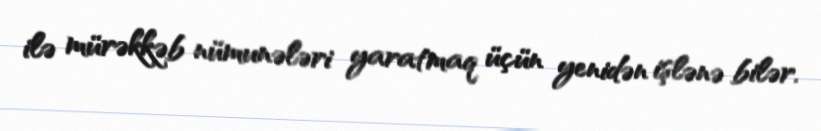
ilə mürəkkəb nümunələri yaratmaq üçün yenidən işlənə bilər.